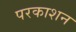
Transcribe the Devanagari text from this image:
परकाशन